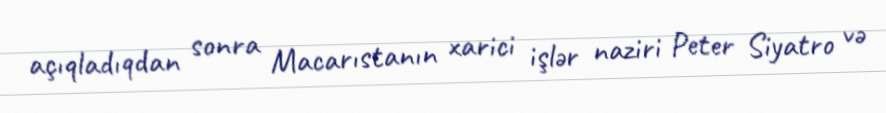
açıqladıqdan sonra Macarıstanın xarici işlər naziri Peter Siyatro və